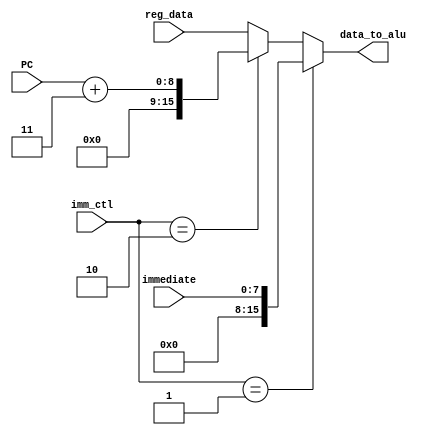
module immediate_mux(
    input [1:0] imm_ctl,
    input [15:0] reg_data,
    input [7:0] immediate,
    input [7:0] PC,
    output reg [15:0] data_to_alu
    );
    always @*
        begin
           if (imm_ctl==1) begin
                data_to_alu={8'h00, immediate};
           end
           else if(imm_ctl == 2) begin
                data_to_alu={8'h00, PC + 3};//trust me it works
           end  
           else begin
                data_to_alu=reg_data;
           end
        end          
endmodule